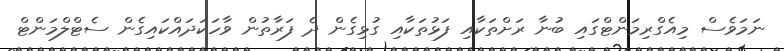
ނަމަވެސް މިއެގްރިމަންޓްގައި ބުނާ ރަށްތަކާއި ފަޅުތަކާއި ގުޅިގެން ދެ ފަރާތުން ވާހަކަދައްކައިގެން ސެޓްލްމަންޓް